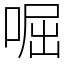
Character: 啒